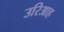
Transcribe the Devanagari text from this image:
उरिआह